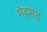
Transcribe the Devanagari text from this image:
मेहमद